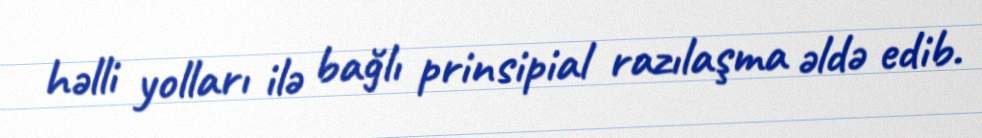
həlli yolları ilə bağlı prinsipial razılaşma əldə edib.